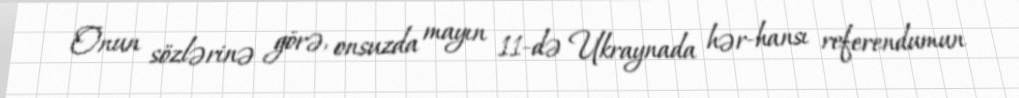
Onun sözlərinə görə, onsuzda mayın 11-də Ukraynada hər-hansı referendumun